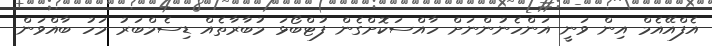
އެފްއޭއެމް އިން ވަނީ އަންހެނުންނަށް ހާއްސަކޮށްގެން ފުޓްބޯޅަ މުބާރާތެއް ޑިސެމްބަރު މަހު ބާއްވަން